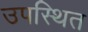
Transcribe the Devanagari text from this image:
उपस्थित